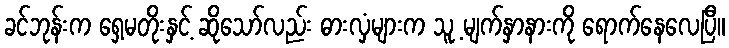
ခင်ဘုန်းက ရှေ့မတိုးနှင့် ဆိုသော်လည်း ဓားလှံများက သူ့ မျက်နှာနားကို ရောက်နေလေပြီ။